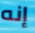
إنه